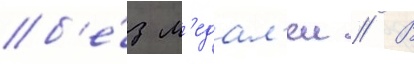
б'е́з м'едал'еи // В